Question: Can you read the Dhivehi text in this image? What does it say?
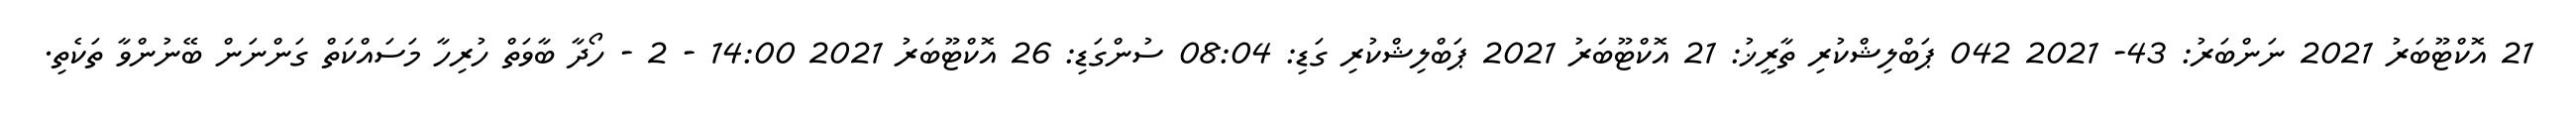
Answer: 21 އޮކްޓޫބަރު 2021 ނަންބަރު: 43- 2021 042 ޕަބްލިޝްކުރި ތާރީޚު: 21 އޮކްޓޫބަރު 2021 ޕަބްލިޝްކުރި ގަޑި: 08:04 ސުންގަޑި: 26 އޮކްޓޫބަރު 2021 14:00 - 2 - ހޯދާ ބާވަތް ހުރިހާ މަސައްކަތް ގަންނަން ބޭނުންވާ ތަކެތި.